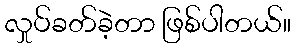
လှုပ်ခတ်ခဲ့တာ ဖြစ်ပါတယ်။